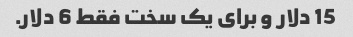
15 دلار و برای یک سخت فقط 6 دلار.